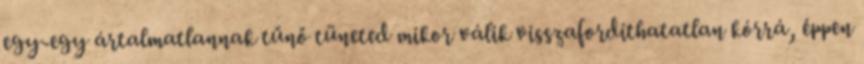
egy-egy ártalmatlannak tűnő tüneted mikor válik visszafordíthatatlan kórrá, éppen